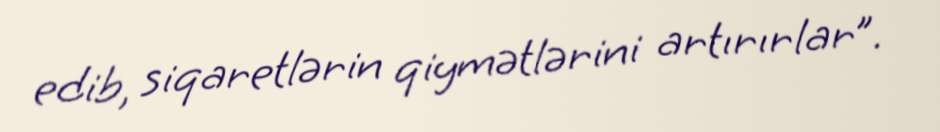
edib, siqaretlərin qiymətlərini artırırlar”.